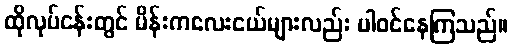
ထိုလုပ်ငန်းတွင် မိန်းကလေးငယ်များလည်း ပါဝင်နေကြသည်။